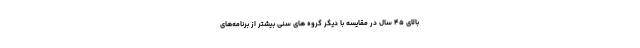
بالای ۴۵ سال در مقایسه با دیگر گروه­ های سنی بیشتر از برنامه­‌های